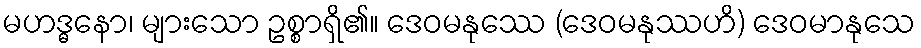
မဟဒ္ဓနော၊ များသော ဥစ္စာရှိ၏။ ဒေဝမနုဿေ (ဒေဝမနုဿဟိ) ဒေဝမာနုသေ